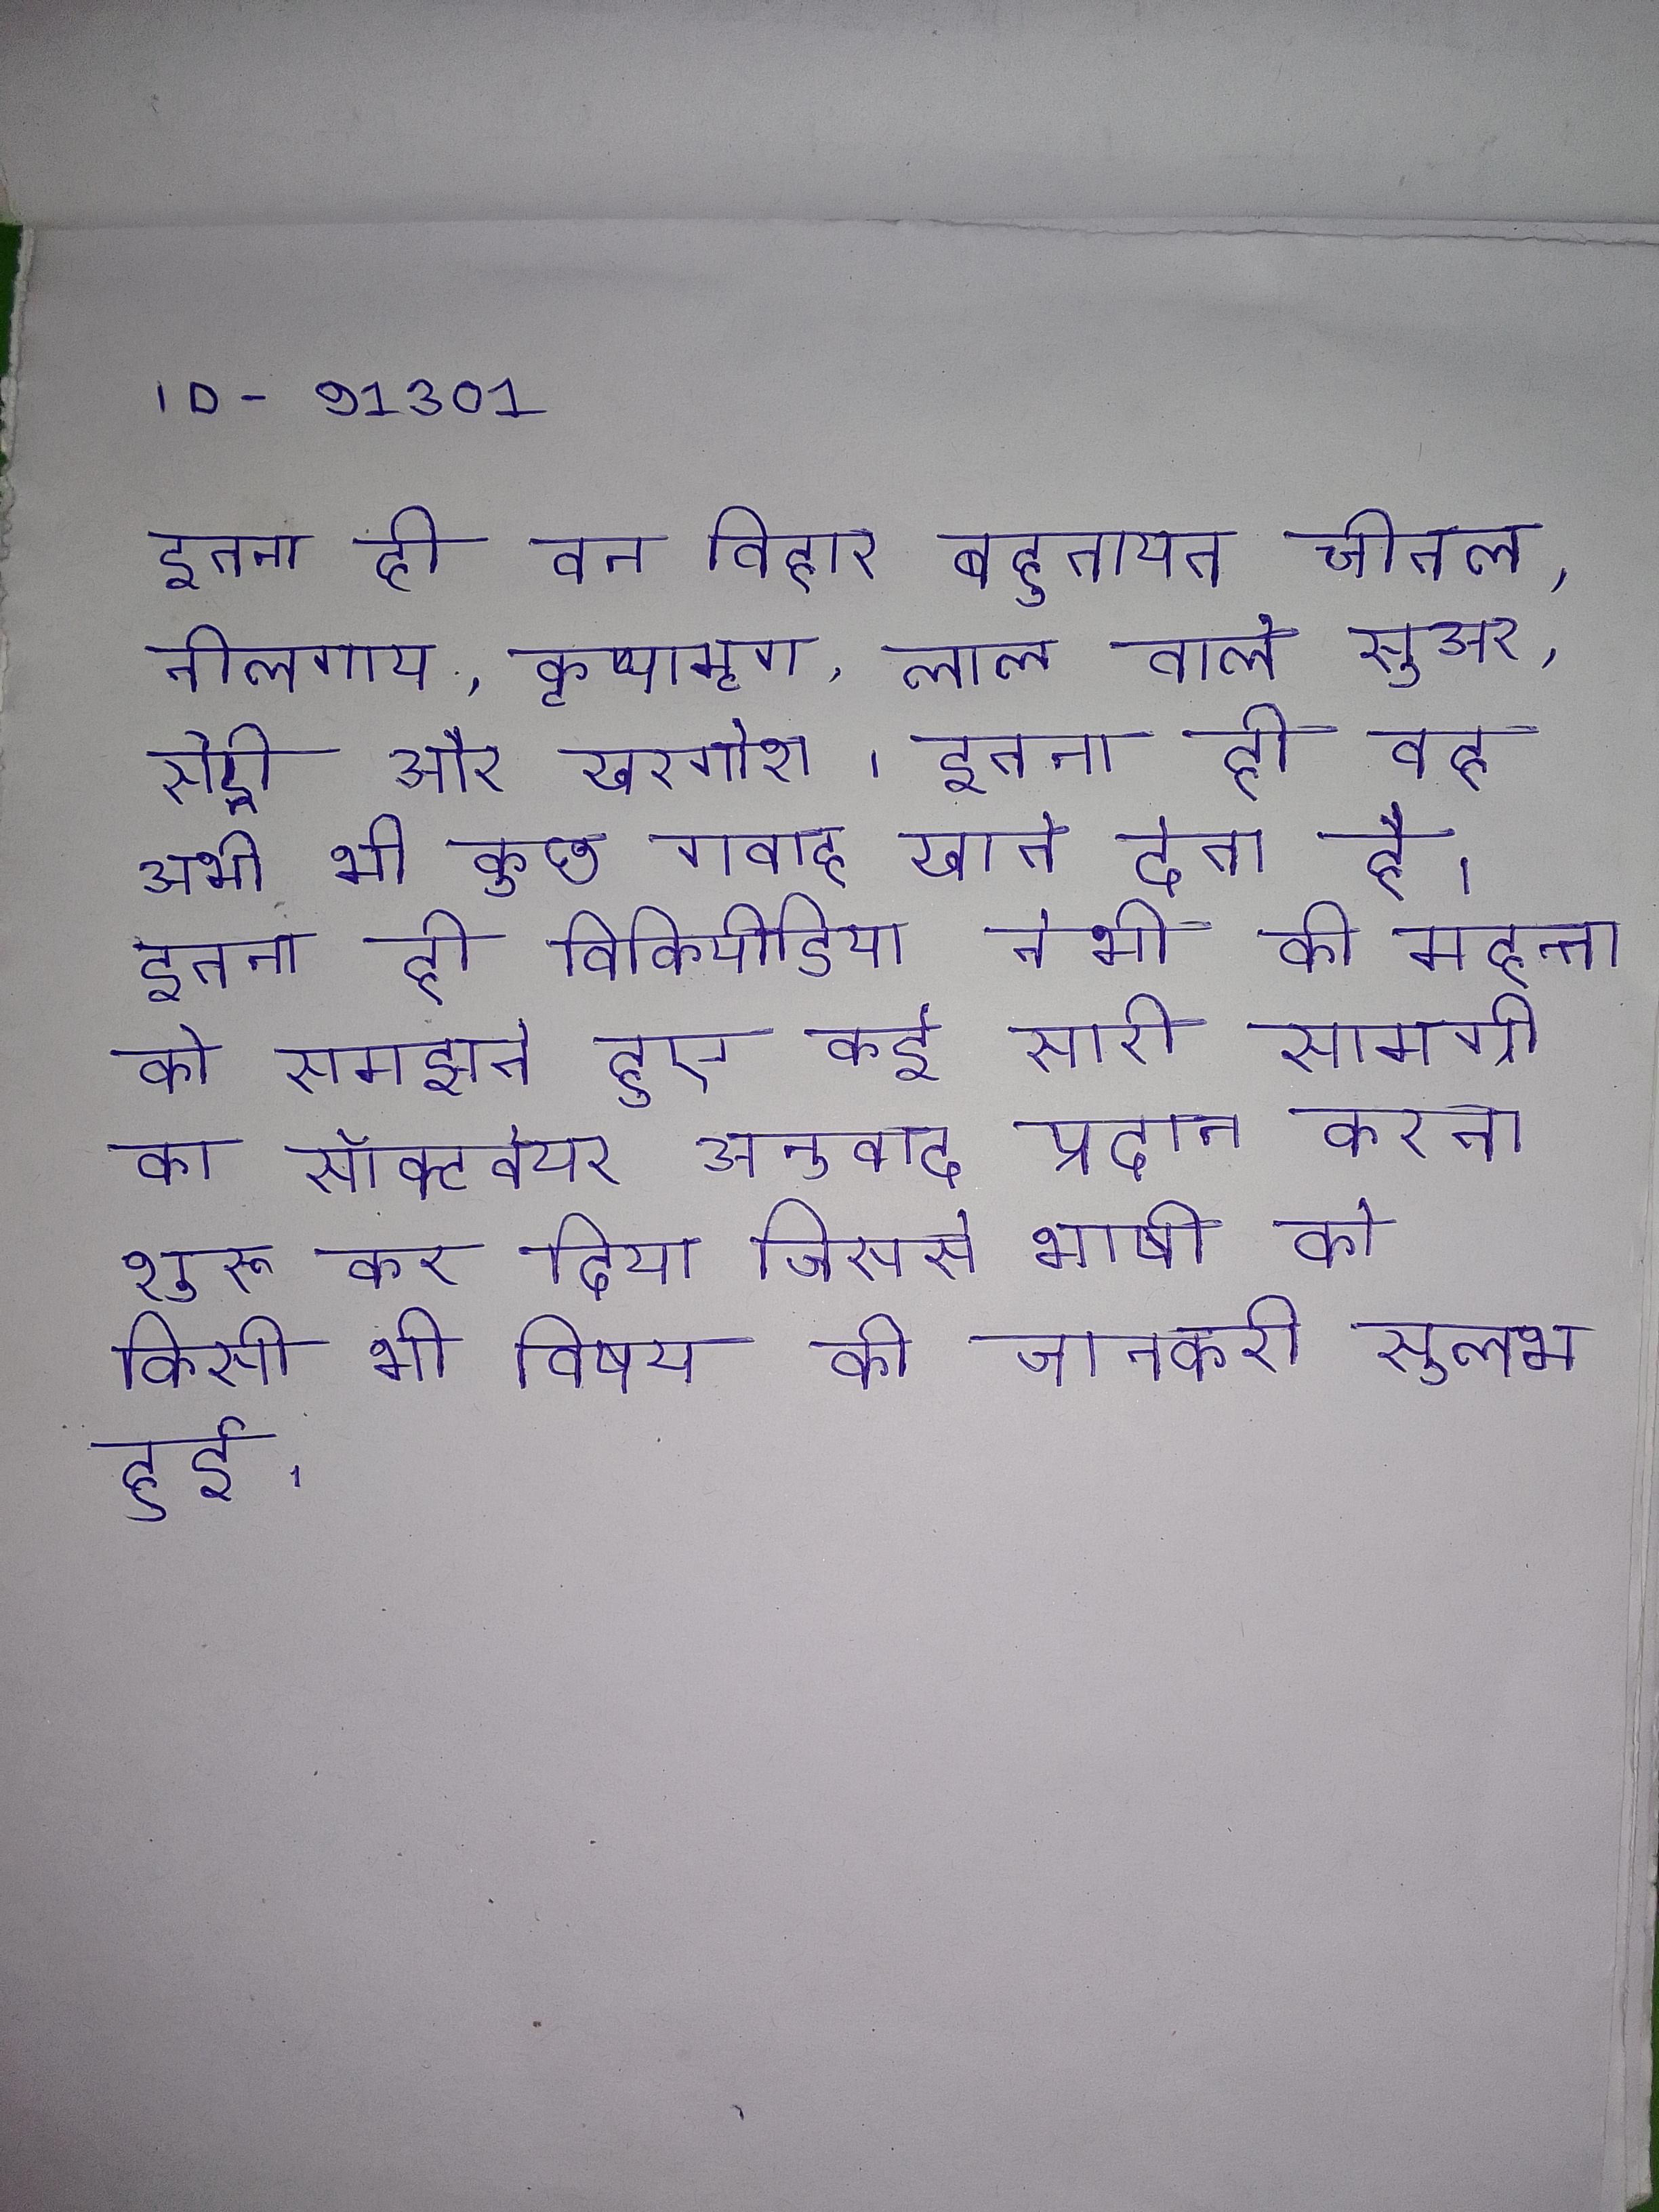
इतना ही वन विहार बहुतायत चीतल, नीलगाय, कृष्णमृग, लाल वाले सुअर, सेही और खरगोश । इतना ही वह अभी भी कुछ गवाह खाते देता है । इतना ही विकिपीडिया ने भी की महत्ता को समझते हुए कई सारी सामग्री का सॉफ्टवेयर अनुवाद प्रदान करना शुरू कर दिया जिससे भाषी को किसी भी विषय की जानकरी सुलभ हुई ।